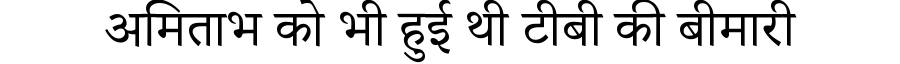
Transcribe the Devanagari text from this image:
अमिताभ को भी हुई थी टीबी की बीमारी